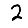
Digit: 2